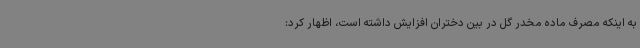
به اینکه مصرف ماده مخدر گل در بین دختران افزایش داشته است، اظهار کرد: